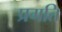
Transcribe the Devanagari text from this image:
प्रगति